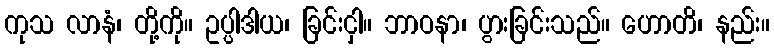
ကုသ လာနံ၊ တို့ကို။ ဥပ္ပါဒါယ၊ ခြင်းငှါ။ ဘာဝနာ၊ ပွားခြင်းသည်။ ဟောတိ၊ နည်း။